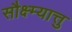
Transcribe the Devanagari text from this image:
सौक्ष्म्यात्तु